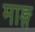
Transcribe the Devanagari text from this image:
माङ्ग